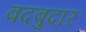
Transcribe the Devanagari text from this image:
बदबुदार